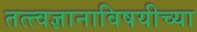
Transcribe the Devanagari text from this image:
तत्त्वज्ञानाविषयीच्या